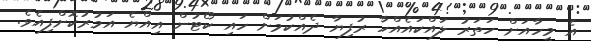
އެ މީހާއަށް ހަތަރު ލައްކައެއްހާ ރުފިޔާ ދެއްކުމަށް ހައި ކޯޓުން އިއްޔެ އަމުރުކޮށްފިއެވެ.